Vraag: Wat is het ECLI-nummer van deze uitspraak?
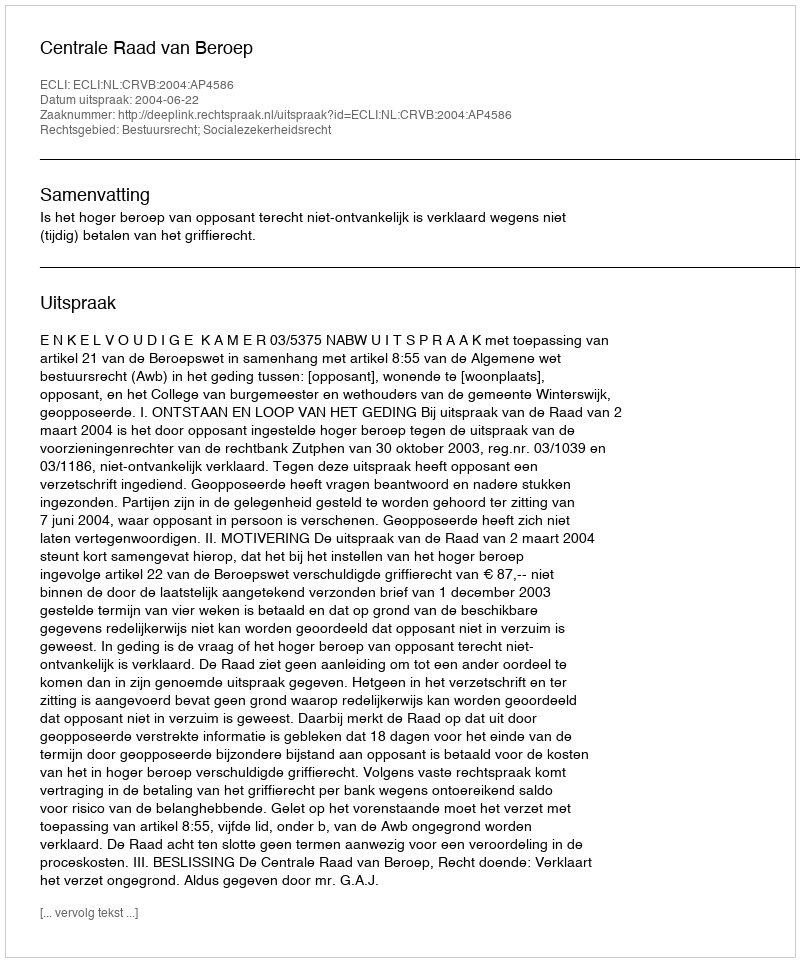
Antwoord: ECLI:NL:CRVB:2004:AP4586